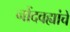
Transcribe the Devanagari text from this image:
नोंदवह्यांचे